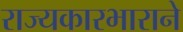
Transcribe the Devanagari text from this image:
राज्यकारभाराने